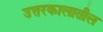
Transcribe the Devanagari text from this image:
उत्तरकालातील